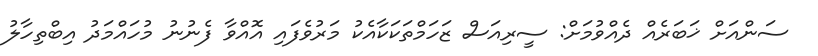
ސަންއަށް ޚަބަރެއް ދެއްވުމަށް: ސީރިއަސް ޒަހަމްތަކަކާއެކު މަރުވެފައި އޮއްވާ ފެނުނު މުހައްމަދު އިބްތިހާލު